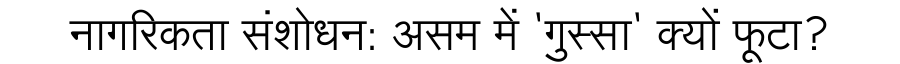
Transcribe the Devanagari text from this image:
नागरिकता संशोधन: असम में 'गुस्सा' क्यों फूटा?